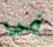
في